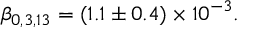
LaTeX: \beta _ { 0 , 3 , 1 3 } = ( 1 . 1 \pm 0 . 4 ) \times 1 0 ^ { - 3 } .